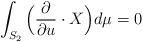
\begin{align*}\int_{S_2}\Big(\frac{\partial}{\partial u} \cdot X\Big)d\mu = 0\end{align*}